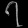
Digit: ၇